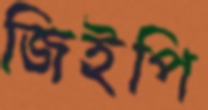
জিইপি